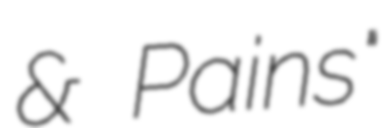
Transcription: & Pains"